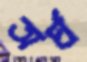
অর্ঘ